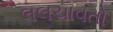
લલચાવતો